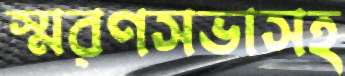
স্মরণসভাসহ